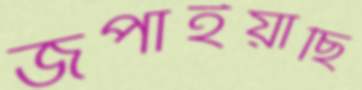
জপাইয়াছি